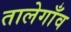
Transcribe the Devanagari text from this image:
तालेगाँव